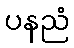
ပနညံ